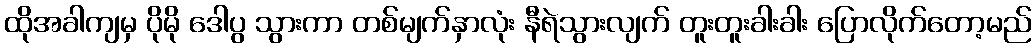
ထိုအခါကျမှ ပိုမို ဒေါပွ သွားကာ တစ်မျက်နှာလုံး နီရဲသွားလျက် တူးတူးခါးခါး ပြောလိုက်တော့မည်